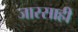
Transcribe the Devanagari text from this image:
जारसाही